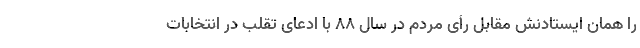
را همان ایستادنش مقابل رأی مردم در سال ۸۸ با ادعای تقلب در انتخابات